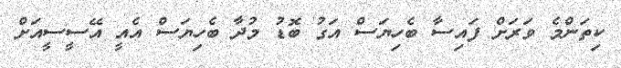
ކިތަންމެ ވަރަށް ފައިސާ ބެހިޔަސް އަގު ބޮޑު މުދާ ބެހިޔަސް އެއީ އޭސީސީއަށް